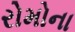
રોમોના